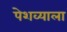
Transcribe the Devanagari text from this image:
पेशव्याला